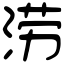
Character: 涝